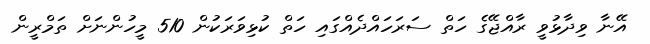
އޭނާ ވިދާޅުވީ ރާއްޖޭގެ ހަތް ސަރަހައްދެއްގައި ހަތް ކުޅިވަރަކުން 510 މީހުންނަށް ތަމްރީން